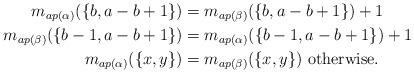
LaTeX: \begin{align*} m_{ap(\alpha)}(\{b,a-b+1\})&=m_{ap(\beta)}(\{b,a-b+1\})+1\\ m_{ap(\beta)}(\{b-1,a-b+1\})&=m_{ap(\alpha)}(\{b-1,a-b+1\})+1\\ m_{ap(\alpha)}(\{x,y\})&=m_{ap(\beta)}(\{x,y\})\hbox{ otherwise.}\end{align*}